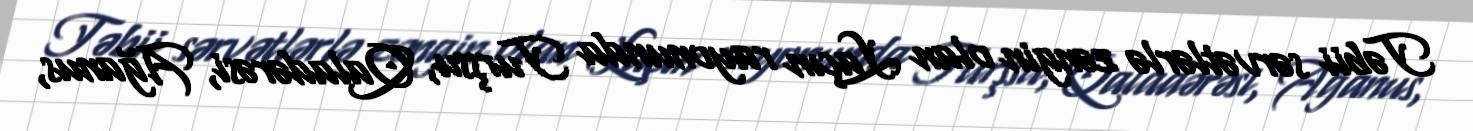
Təbii sərvətlərlə zəngin olan Laçın rayonunda Turşsu, Qaladərəsi, Ağanus,